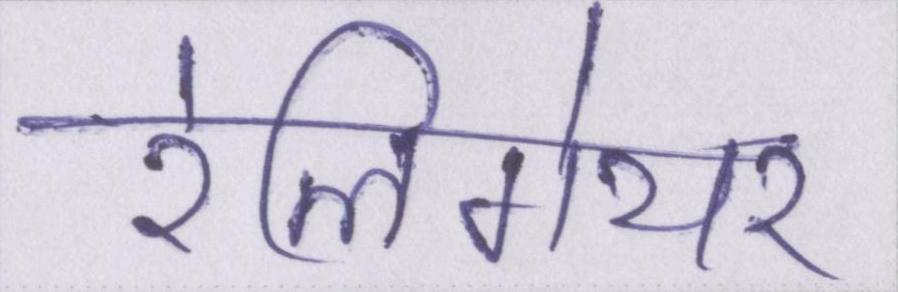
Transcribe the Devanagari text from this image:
रेलिगेयर